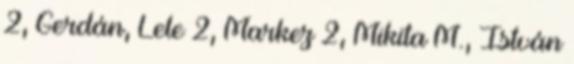
2, Gerdán, Lele 2, Markez 2, Mikita M., István